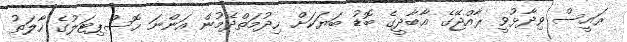
ރައީސް ވިދާޅުވީ ރާއްޖޭގެ އާބާދީގެ ބޮޑު ބަޔަކަށް ހިދުމަތްދެމުން އަންނަ ހޮސްޕިޓަލުގެ ހާލަތު